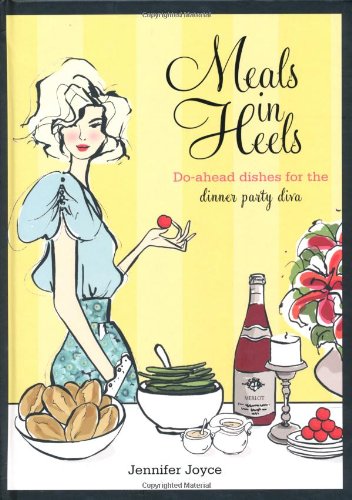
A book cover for Meals in Heels: Do-ahead Dishes For the Dinner Party Diva; Jennifer Joyce; Cookbooks, Food & Wine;